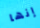
إنها